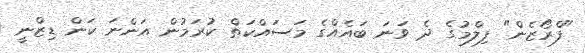
"ފްރޯޒެން" ފިލްމުގެ ދެ ވަނަ ބައެއްގެ މަސައްކަތް ކުރަމުން އަންނަ ކަން ޑިޒްނީ